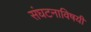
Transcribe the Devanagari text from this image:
संघटनाविषयी